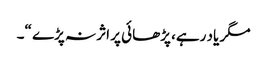
مگر یاد رہے، پڑھائی پر اثر نہ پڑے “۔